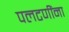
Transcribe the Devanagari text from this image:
पलटणींना